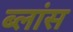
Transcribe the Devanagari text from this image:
ब्लांस